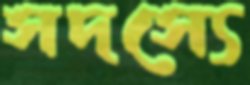
সদস্যে